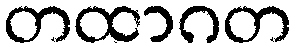
တထာဂတ